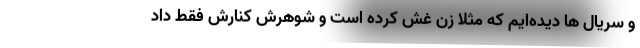
و سريال ها ديده‌ايم که مثلا زن غش کرده است و شوهرش کنارش فقط داد